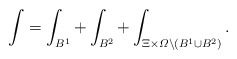
\begin{align*}\int=\int_{B^1}+\int_{B^2}+\int_{\Xi\times\varOmega\setminus(B^1\cup B^2)}.\end{align*}